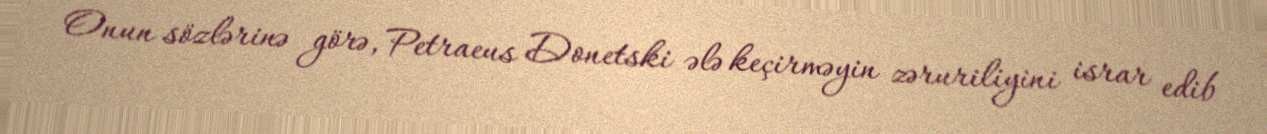
Onun sözlərinə görə, Petraeus Donetski ələ keçirməyin zəruriliyini israr edib